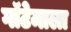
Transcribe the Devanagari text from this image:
गॉटेमाला